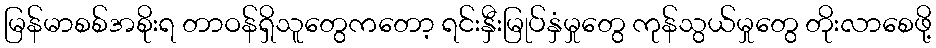
မြန်မာစစ်အစိုးရ တာဝန်ရှိသူတွေကတော့ ရင်းနှီးမြုပ်နှံမှုတွေ ကုန်သွယ်မှုတွေ တိုးလာစေဖို့